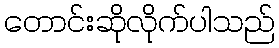
တောင်းဆိုလိုက်ပါသည်